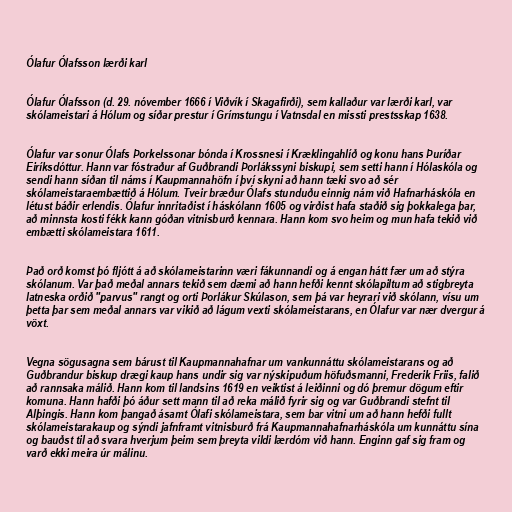
Ólafur Ólafsson lærði karl

Ólafur Ólafsson (d. 29. nóvember 1666 í Viðvík í Skagafirði), sem kallaður var lærði karl, var
skólameistari á Hólum og síðar prestur í Grímstungu í Vatnsdal en missti prestsskap 1638.

Ólafur var sonur Ólafs Þorkelssonar bónda í Krossnesi í Kræklingahlíð og konu hans Þuríðar
Eiríksdóttur. Hann var fóstraður af Guðbrandi Þorlákssyni biskupi, sem setti hann í Hólaskóla og
sendi hann síðan til náms í Kaupmannahöfn í því skyni að hann tæki svo að sér
skólameistaraembættið á Hólum. Tveir bræður Ólafs stunduðu einnig nám við Hafnarháskóla en
létust báðir erlendis. Ólafur innritaðist í háskólann 1605 og virðist hafa staðið sig þokkalega þar,
að minnsta kosti fékk kann góðan vitnisburð kennara. Hann kom svo heim og mun hafa tekið við
embætti skólameistara 1611.

Það orð komst þó fljótt á að skólameistarinn væri fákunnandi og á engan hátt fær um að stýra
skólanum. Var það meðal annars tekið sem dæmi að hann hefði kennt skólapiltum að stigbreyta
latneska orðið "parvus" rangt og orti Þorlákur Skúlason, sem þá var heyrari við skólann, vísu um
þetta þar sem meðal annars var vikið að lágum vexti skólameistarans, en Ólafur var nær dvergur á
vöxt.

Vegna sögusagna sem bárust til Kaupmannahafnar um vankunnáttu skólameistarans og að
Guðbrandur biskup drægi kaup hans undir sig var nýskipuðum höfuðsmanni, Frederik Friis, falið
að rannsaka málið. Hann kom til landsins 1619 en veiktist á leiðinni og dó þremur dögum eftir
komuna. Hann hafði þó áður sett mann til að reka málið fyrir sig og var Guðbrandi stefnt til
Alþingis. Hann kom þangað ásamt Ólafi skólameistara, sem bar vitni um að hann hefði fullt
skólameistarakaup og sýndi jafnframt vitnisburð frá Kaupmannahafnarháskóla um kunnáttu sína
og bauðst til að svara hverjum þeim sem þreyta vildi lærdóm við hann. Enginn gaf sig fram og
varð ekki meira úr málinu.